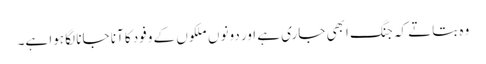
وہ بتاتے کہ جنگ ابھی جاری ہے اور دونوں ملکوں کے وفود کا آنا جانا لگا ہوا ہے۔